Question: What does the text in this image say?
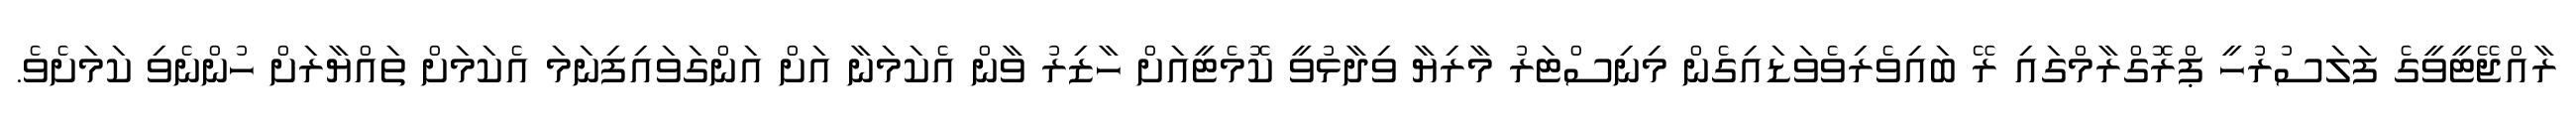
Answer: ރާއްޖޭޓީވީގެ ފަލަސުރުހީ ޕްރޮގްރާމްގައި ރޭ ބައިވެރިވެވަޑައިގެން މިނިސްޓަރު މާރިޔާ ވިދާޅުވީ ކޮމެޓީއަށް ހާޒިރު ވާން އެކަމަނާ އަށް އަންގަވައިފިނަމަ އެކަމަށް ތައްޔާރަށް ހުންނެވި ކަމަށެވެ.